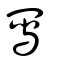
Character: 冩